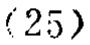
\((25)\)